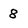
Character: 8